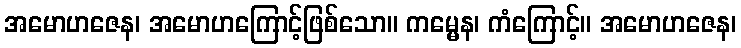
အမောဟဇေန၊ အမောဟကြောင့်ဖြစ်သော။ ကမ္မေန၊ ကံကြောင့်။ အမောဟဇေန၊